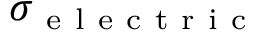
\sigma _ { \mathrm { ~ e ~ l ~ e ~ c ~ t ~ r ~ i ~ c ~ } }